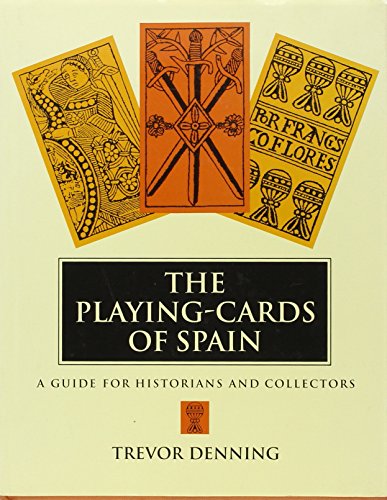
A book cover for The Playing-Cards Of Spain: A Guide for Historians and Collectors; Trevor Denning; Science Fiction & Fantasy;